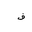
Letter: _fa